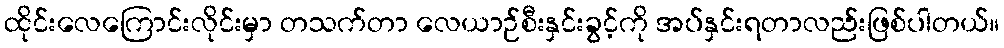
ထိုင်းလေကြောင်းလိုင်းမှာ တသက်တာ လေယာဉ်စီးနှင်းခွင့်ကို အပ်နှင်းရတာလည်းဖြစ်ပါတယ်။